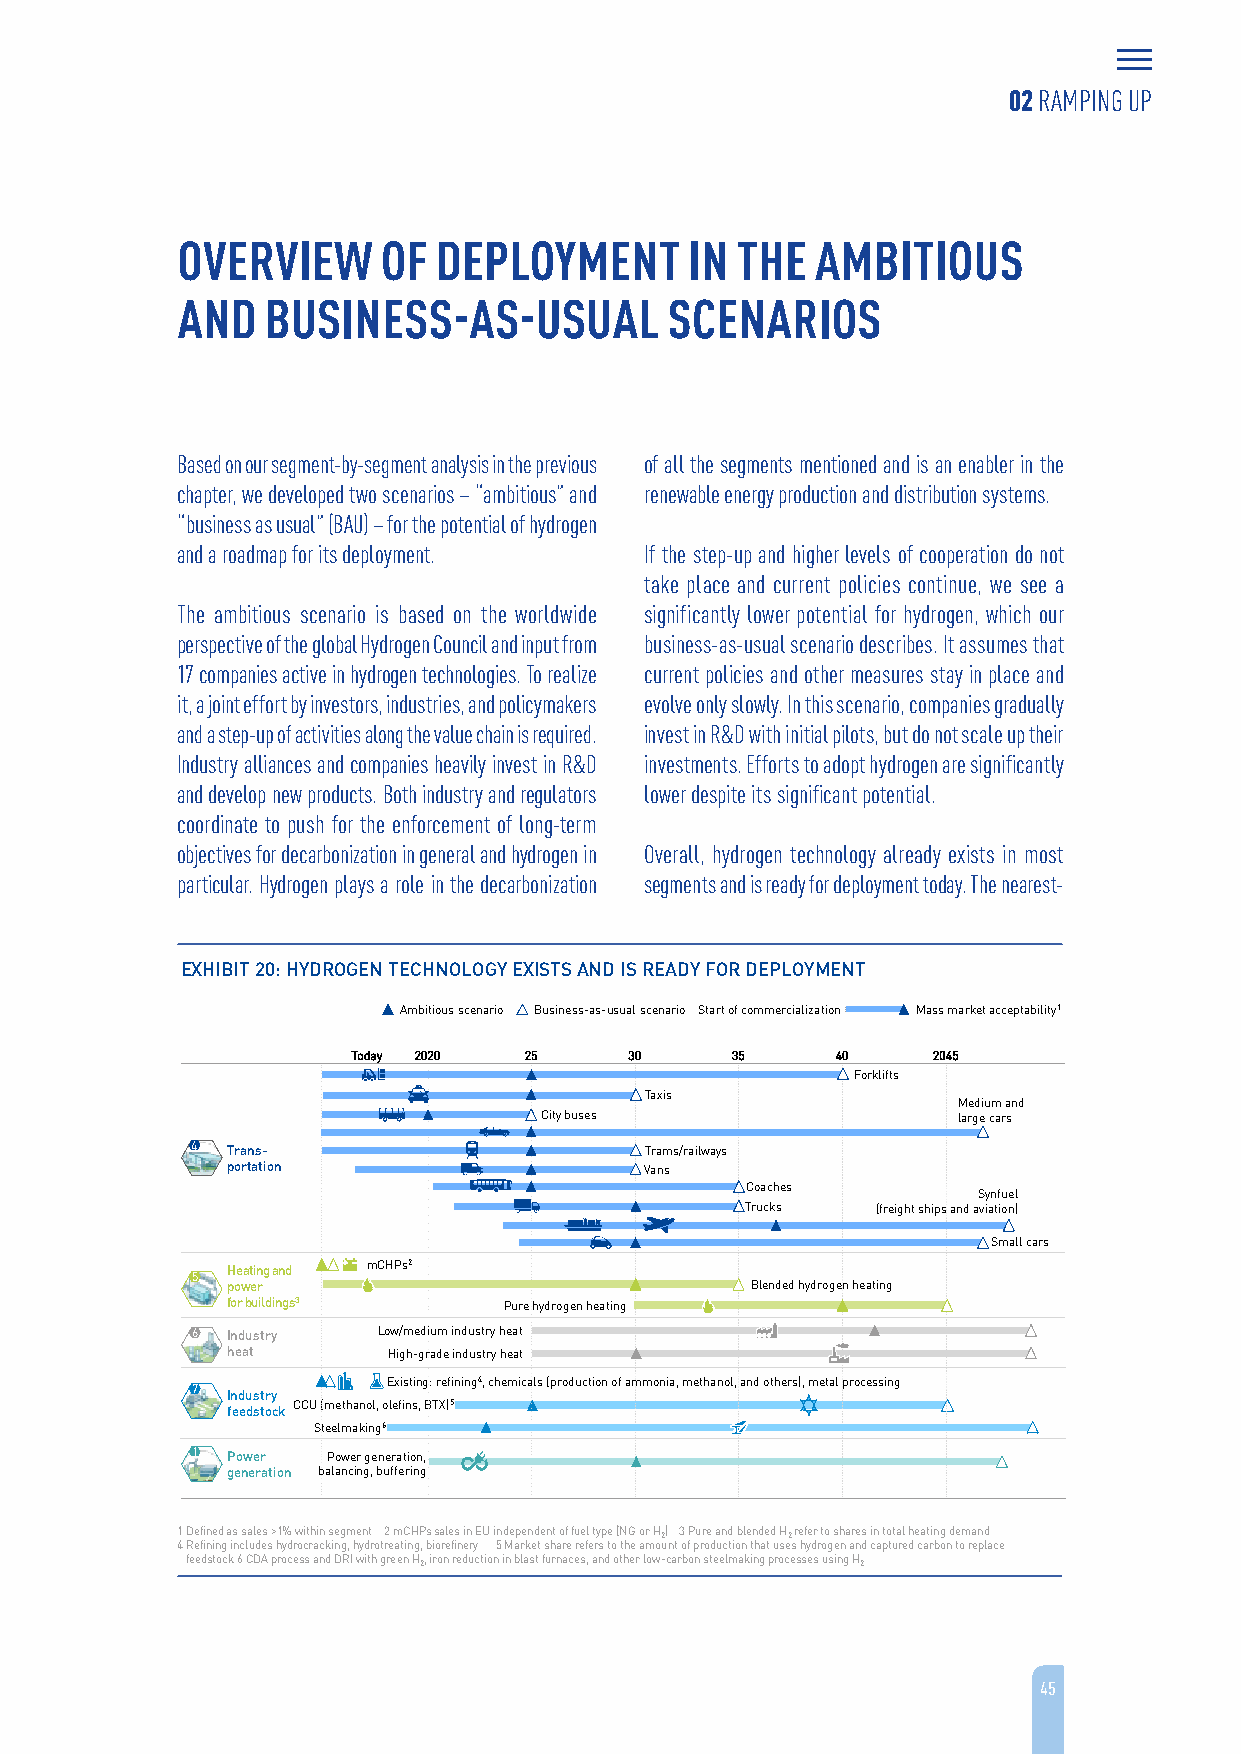
02 RAMPING UP
 OVERVIEW     OF  DEPLOYMENT       IN THE  AMBITIOUS
 AND   BUSINESS-AS-USUAL         SCENARIOS
 Based on our segment-by-segment analysis in the previous of all the segments mentioned and is an enabler in the
 chapter, we developed two scenarios – “ambitious” and renewable energy production and distribution systems.
 “business as usual” (BAU) – for the potential of hydrogen
 and a roadmap for its deployment. If the step-up and higher levels of cooperation do not
 take place and current policies continue, we see a
 The ambitious scenario is based on the worldwide significantly lower potential for hydrogen, which our
 perspective of the global Hydrogen Council and input from business-as-usual scenario describes. It assumes that
 17 companies active in hydrogen technologies. To realize current policies and other measures stay in place and
 it, a joint effort by investors, industries, and policymakers evolve only slowly. In this scenario, companies gradually
 and a step-up of activities along the value chain is required. invest in R&D with initial pilots, but do not scale up their
 Industry alliances and companies heavily invest in R&D investments. Efforts to adopt hydrogen are significantly
 and develop new products. Both industry and regulators lower despite its significant potential.
 coordinate to push for the enforcement of long-term
 objectives for decarbonization in general and hydrogen in Overall, hydrogen technology already exists in most
 particular. Hydrogen plays a role in the decarbonization segments and is ready for deployment today. The nearest-
 EXHIBIT 20: HYDROGEN TECHNOLOGY EXISTS AND IS READY FOR DEPLOYMENT
 Ambitious scenario Business-as-usual scenario Start of commercialization Mass market acceptability1
 Today 2020  25     30    35     40     2045
 Forklifts
 Taxis
 Medium and
 City buses                 large cars
 4 Trans-                      Trams/railways
 portation                   Vans
 Coaches
 Synfuel
 Trucks   (freight ships and aviation)
 Small cars
 Heating and mCHPs2
 5
 power                              Blended hydrogen heating
 for buildings3    Pure hydrogen heating
 6 Industry  Low/medium industry heat
 heat       High-grade industry heat
 Existing: refining4, chemicals (production of ammonia, methanol, and others), metal processing
 7 Industry
 feedstock CCU (methanol, olefins, BTX)5
 Steelmaking6
 1 Power  Power generation,
 generation balancing, buffering
 1 Defined as sales >1% within segment 2 mCHPssales in EU independent of fuel type (NG or H2) 3 Pure and blended H2refer to shares in total heating demand
 4 Refining includes hydrocracking, hydrotreating, biorefinery 5 Market share refers to the amount of production that uses hydrogen and captured carbon to replace
 feedstock 6 CDA process and DRI with green H2, iron reduction in blast furnaces, and other low-carbon steelmaking processes using H2
 45